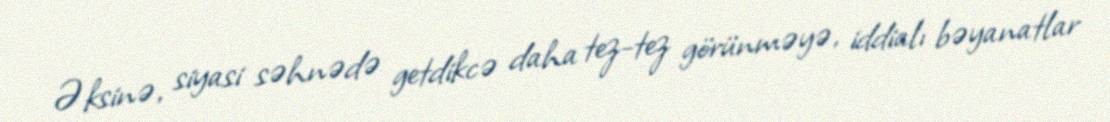
Əksinə, siyasi səhnədə getdikcə daha tez-tez görünməyə, iddialı bəyanatlar